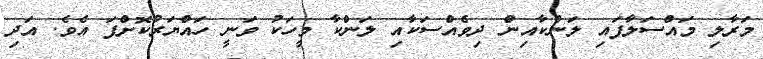
މަރާލި މައްސަލާފައި ލަންކާއިން ދިވެއްސަކާއި ލަންކާ މީހަކު ވަނީ ހައްޔަރުކޮށްފަ އެވެ. އަދި